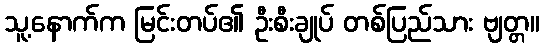
သူ့နောက်က မြင်းတပ်၏ ဦးစီးချုပ် တစ်ပြည်သား ဗျတ္တ။